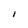
Character: I